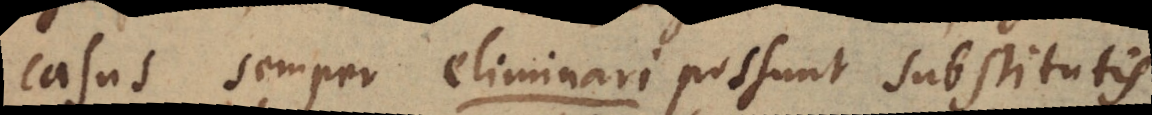
casus semper eliminari possunt substitutis